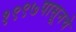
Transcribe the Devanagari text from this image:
१९९७पासूनचे